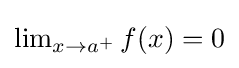
\lim \nolimits _{x\to a^{+}}f(x)=0